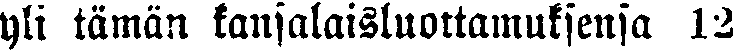
yli tämän kansalaisluottamuksensa 12